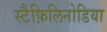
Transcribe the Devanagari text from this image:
स्टैफ़िलिनोडिया